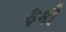
ફકી